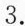
3.